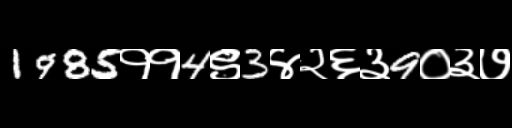
Text: 1985११4९3४२६३9०३७